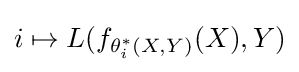
i\mapsto L(f_{\theta _{i}^{*}(X,Y)}(X),Y)